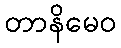
တာနိမေဝ